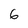
Character: 6